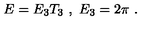
E = E _ { 3 } T _ { 3 } \ , \ E _ { 3 } = 2 \pi \ .